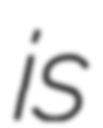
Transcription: is